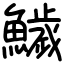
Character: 鱥